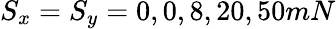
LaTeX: S_{x}=S_{y}=0,0,8,20,50mN